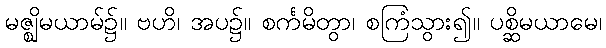
မဇ္ဈိမယာမ်၌။ ဗဟိ၊ အပ၌။ စင်္ကမိတွာ၊ စကြံသွား၍။ ပစ္ဆိမယာမေ၊